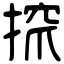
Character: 𢱑